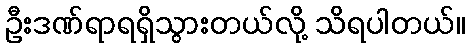
ဦးဒဏ်ရာရရှိသွားတယ်လို့ သိရပါတယ်။